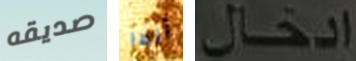
صديقه أنها إدخال